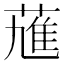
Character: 𱾆